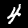
Label: 4